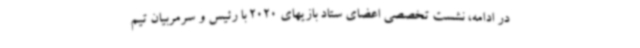
در ادامه، نشست تخصصی اعضای ستاد بازیهای 2020 با رئیس و سرمربیان تیم